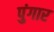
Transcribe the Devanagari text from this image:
पुंगार